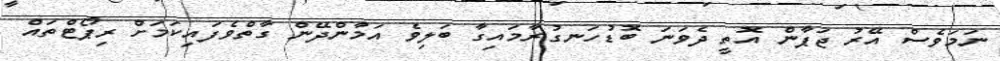
ނަމަވެސް އޭރު ޖަޕާން އޮތީ ދެވަނަ ބޮޑުހަނގުރާމައިގާ ބަލިވެ އަމާންދޭން ގާތްވެފައިކަމަށް ރިޕޯޓްތައް